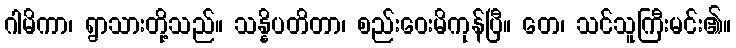
ဂါမိကာ၊ ရွာသားတို့သည်။ သန္နိပတိတာ၊ စည်းဝေးမိကုန်ပြီ။ တေ၊ သင်သူကြီးမင်း၏။